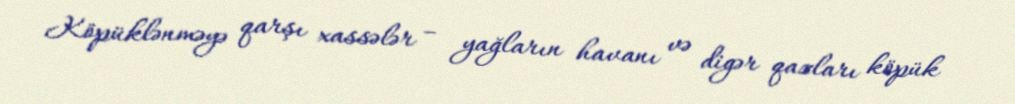
Köpüklənməyə qarşı xassələr – yağların havanı və digər qazları köpük